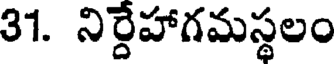
31. నిర్దేహాగమస్థలం